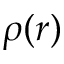
\rho ( r )